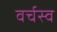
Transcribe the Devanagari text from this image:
वर्चस्‍व